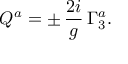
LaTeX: Q ^ { a } = \pm \, { \frac { 2 i } { g } } \, \Gamma _ { 3 } ^ { a } .